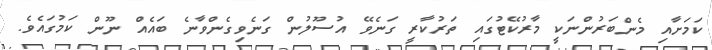
ކަމަށާއި މެންބަރުންނަކީ މާރުކޭޓުގައި ތަރުކާރީ ގަނެވޭ އުސޫލުން ގަނެވިގެންވާނެ ބައެއް ނޫން ކަމުގައެވެ.